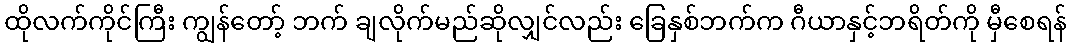
ထိုလက်ကိုင်ကြီး ကျွန်တော့် ဘက် ချလိုက်မည်ဆိုလျှင်လည်း ခြေနှစ်ဘက်က ဂီယာနှင့်ဘရိတ်ကို မှီစေရန်